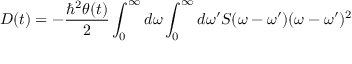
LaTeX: D ( t ) = - \frac { \hbar ^ { 2 } \theta ( t ) } { 2 } \int _ { 0 } ^ { \infty } { d \omega } \int _ { 0 } ^ { \infty } { d \omega ^ { \prime } } S ( \omega - \omega ^ { \prime } ) ( \omega - \omega ^ { \prime } ) ^ { 2 }